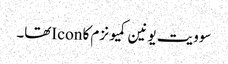
سوویت یونین کمیونزم کا Iconتھا۔